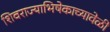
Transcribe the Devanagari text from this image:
शिवराज्याभिषेकाच्यावेळी